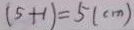
( 5 + 1 ) = 5 ( c m )